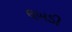
લબડી